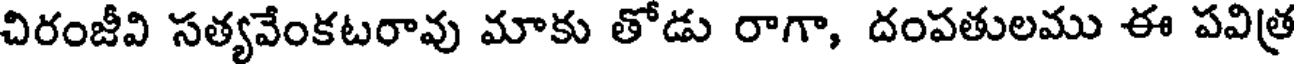
చిరంజీవి సత్యవేంకటరావు మాకు తోడు రాగా, దంపతులము ఈ పవిత్ర